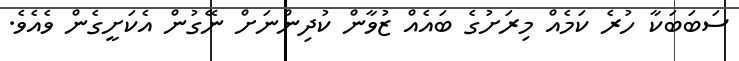
ސަބަބަކާ ހުރެ ކަމެއް މިރަށުގެ ބައެއް ޒުވާން ކުދިންނަށް ނޭގުން އެކަށީގެން ވެއެވެ.